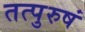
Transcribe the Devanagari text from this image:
तत्पुरुषं